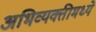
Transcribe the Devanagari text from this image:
अभिव्यक्तीमध्ये